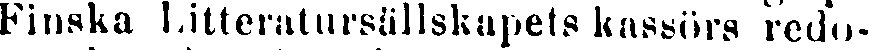
Finska Litteratursällskapets kassörs redo-